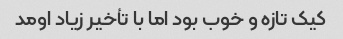
کیک تازه و خوب بود اما با تأخیر زیاد اومد